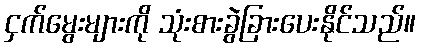
ငှက်မွေးများကို သုံးစားခွဲခြားပေးနိုင်သည်။